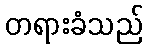
တရားခံသည်